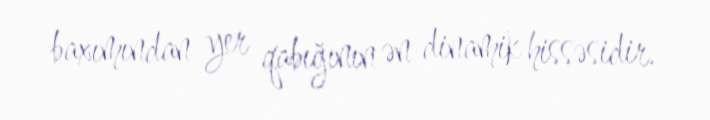
baxımından yer qabığının ən dinamik hissəsidir.